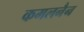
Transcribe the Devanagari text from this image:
कमलनैन